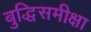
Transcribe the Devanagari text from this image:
बुद्धिसमीक्षा